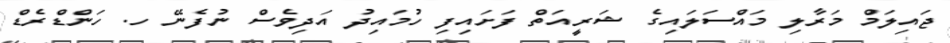
ޖައިލަމް މަރާލި މައްސަލައިގެ ޝަރީއަތް ފަށައިފި ހުމައިދު އަދިވެސް ނުފެނޭ ހ. ހަންޑްރެޑް